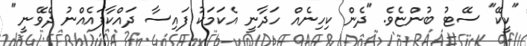
"ކީކޭ" ސޭޓު ބުންޏެވެ. "ދެން ކިހިނެއް ހަދާނީ އެކަމަކު ފައިސާ ދައްކާފައެއްނު ދެވޭނީ"